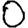
Digit: 0